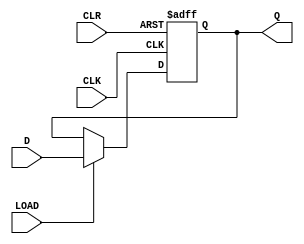
module synchronous_load_DFF (
    input D,
    input CLK,
    input CLR,
    input LOAD,
    output reg Q
);

always @(posedge CLK or posedge CLR)
begin
    if (CLR)
        Q <= 1'b0;
    else if (LOAD)
        Q <= D;
end

endmodule